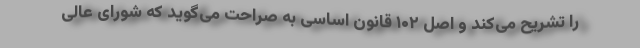
را تشریح می‌کند و اصل ۱۰۲ قانون اساسی به صراحت می‌گوید که شورای عالی